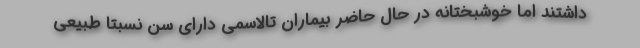
داشتند اما خوشبختانه در حال حاضر بیماران تالاسمی دارای سن نسبتا طبیعی